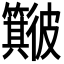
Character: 𱝻